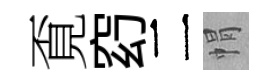
覔𥥆二㡌